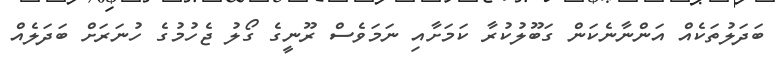
ބަދަލުތަކެއް އަންނާނެކަން ގަބޫލުކުރާ ކަމަށާއި ނަމަވެސް ރޫނީގެ ގޯލު ޖެހުމުގެ ހުނަރަށް ބަދަލެއް